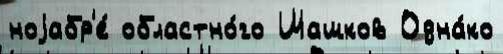
ноjабр'е́ областно́го Шашков Одна́ко